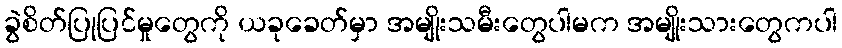
ခွဲစိတ်ပြုပြင်မှုတွေကို ယခုခေတ်မှာ အမျိုးသမီးတွေပါမက အမျိုးသားတွေကပါ